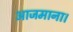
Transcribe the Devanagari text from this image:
आजमाना।